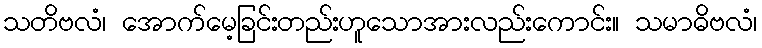
သတိဗလံ၊ အောက်မေ့ခြင်းတည်းဟူသောအားလည်းကောင်း။ သမာဓိဗလံ၊